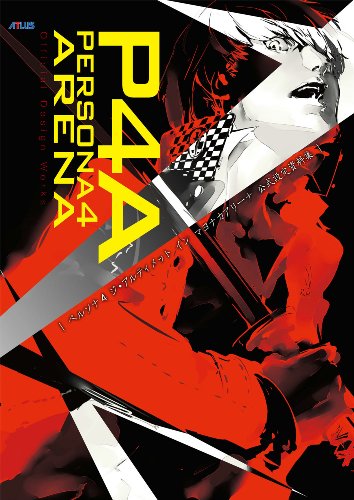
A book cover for Persona 4 Arena: Official Design Works; Arts & Photography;